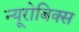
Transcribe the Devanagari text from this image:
न्यूरोबिक्स